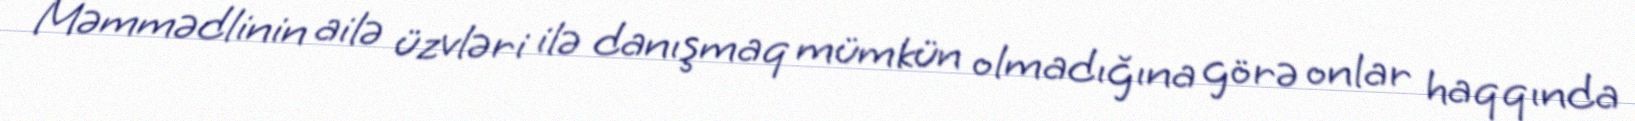
Məmmədlinin ailə üzvləri ilə danışmaq mümkün olmadığına görə onlar haqqında